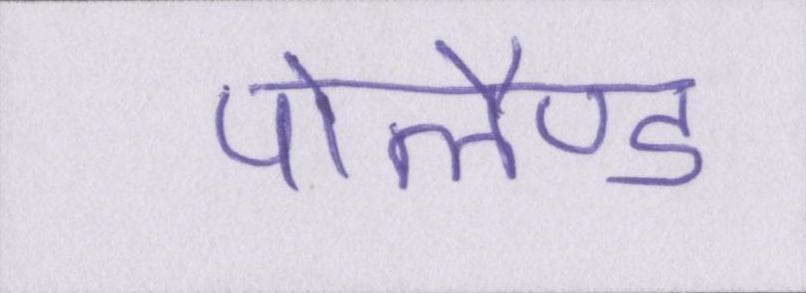
पोलैण्ड